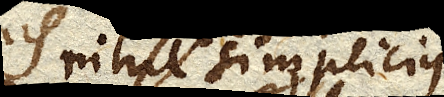
nihil simplicius